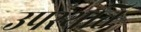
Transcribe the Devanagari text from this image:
उपस्थति